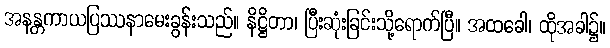
အနန္တကာယပြဿနာမေးခွန်းသည်။ နိဋ္ဌိတာ၊ ပြီးဆုံးခြင်းသို့ရောက်ပြီ။ အထခေါ၊ ထိုအခါ၌။